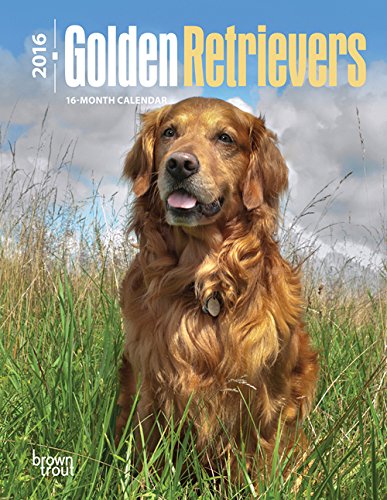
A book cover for Golden Retrievers 2016 Engagement; Browntrout Publishers; Calendars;